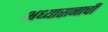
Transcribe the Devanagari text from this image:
अध्यासनाची